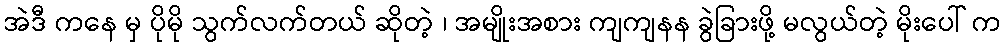
အဲဒီ ကနေ မှ ပိုမို သွက်လက်တယ် ဆိုတဲ့ ၊ အမျိုးအစား ကျကျနန ခွဲခြားဖို့ မလွယ်တဲ့ မိုးပေါ် က